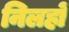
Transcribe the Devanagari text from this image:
निलहों